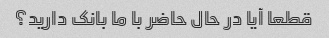
قطعا آیا در حال حاضر با ما بانک دارید؟